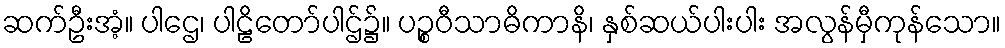
ဆက်ဦးအံ့။ ပါဌေ၊ ပါဠိတော်ပါဌ်၌။ ပဉ္စဝီသာဓိကာနိ၊ နှစ်ဆယ်ပါးပါး အလွန်မှီကုန်သော။